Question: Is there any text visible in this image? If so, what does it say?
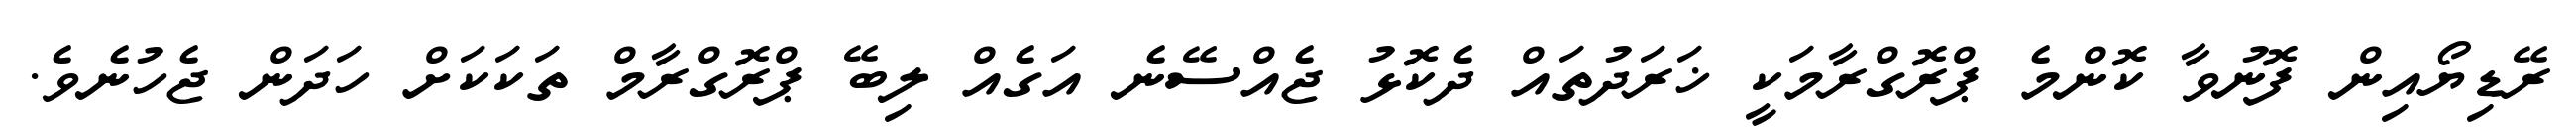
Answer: ރޭޑިޔޯއިން ފޮނުވާ ކޮންމެ ޕްރޮގްރާމަކީ ޚަރަދުތައް ދެކޮޅު ޖެއްސޭނެ އަގެއް ލިބޭ ޕްރޮގްރާމް ތަކަކަށް ހަދަން ޖެހުނެވެ.